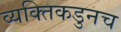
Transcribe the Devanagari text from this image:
व्यक्तिकडुनच